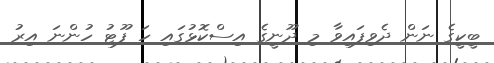
ބީކީގެ ނަން ދެވިފައިވާ މި ދޫނީގެ އިސްކޮޅުގައި ހަ ފޫޓު ހުންނަ އިރު